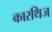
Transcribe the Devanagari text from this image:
कारथिज